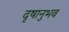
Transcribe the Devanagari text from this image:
दृषानुभव